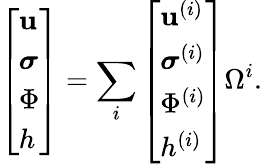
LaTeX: \left[\begin{array}{l}{\mathbf{u}}\\ {\boldsymbol{\sigma}}\\ {\Phi}\\ {h}\end{array}\right]=\sum_{i}\left[\begin{array}{l}{\mathbf{u}^{(i)}}\\ {\boldsymbol{\sigma}^{(i)}}\\ {\Phi^{(i)}}\\ {h^{(i)}}\end{array}\right]\Omega^{i}.